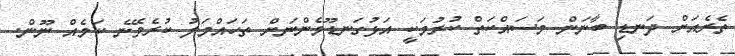
ތެރެއަށް ދަނޑި ބާނަން މަސައްކަތް ކުރުމަކީ އަޅުގަނޑޫމެންނަށް ތަހައްމަލު ކުރެވޭނެ ކަމެއް ނޫން.